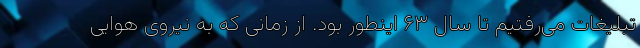
تبلیغات می‌رفتیم تا سال ۶۳ اینطور بود. از زمانی که به نیروی هوایی